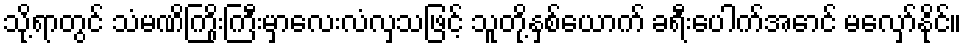
သို့ရာတွင် သံမဏိကြိုးကြီးမှာလေးလံလှသဖြင့် သူတို့နှစ်ယောက် ခရီးပေါက်အောင် မလှော်နိုင်။